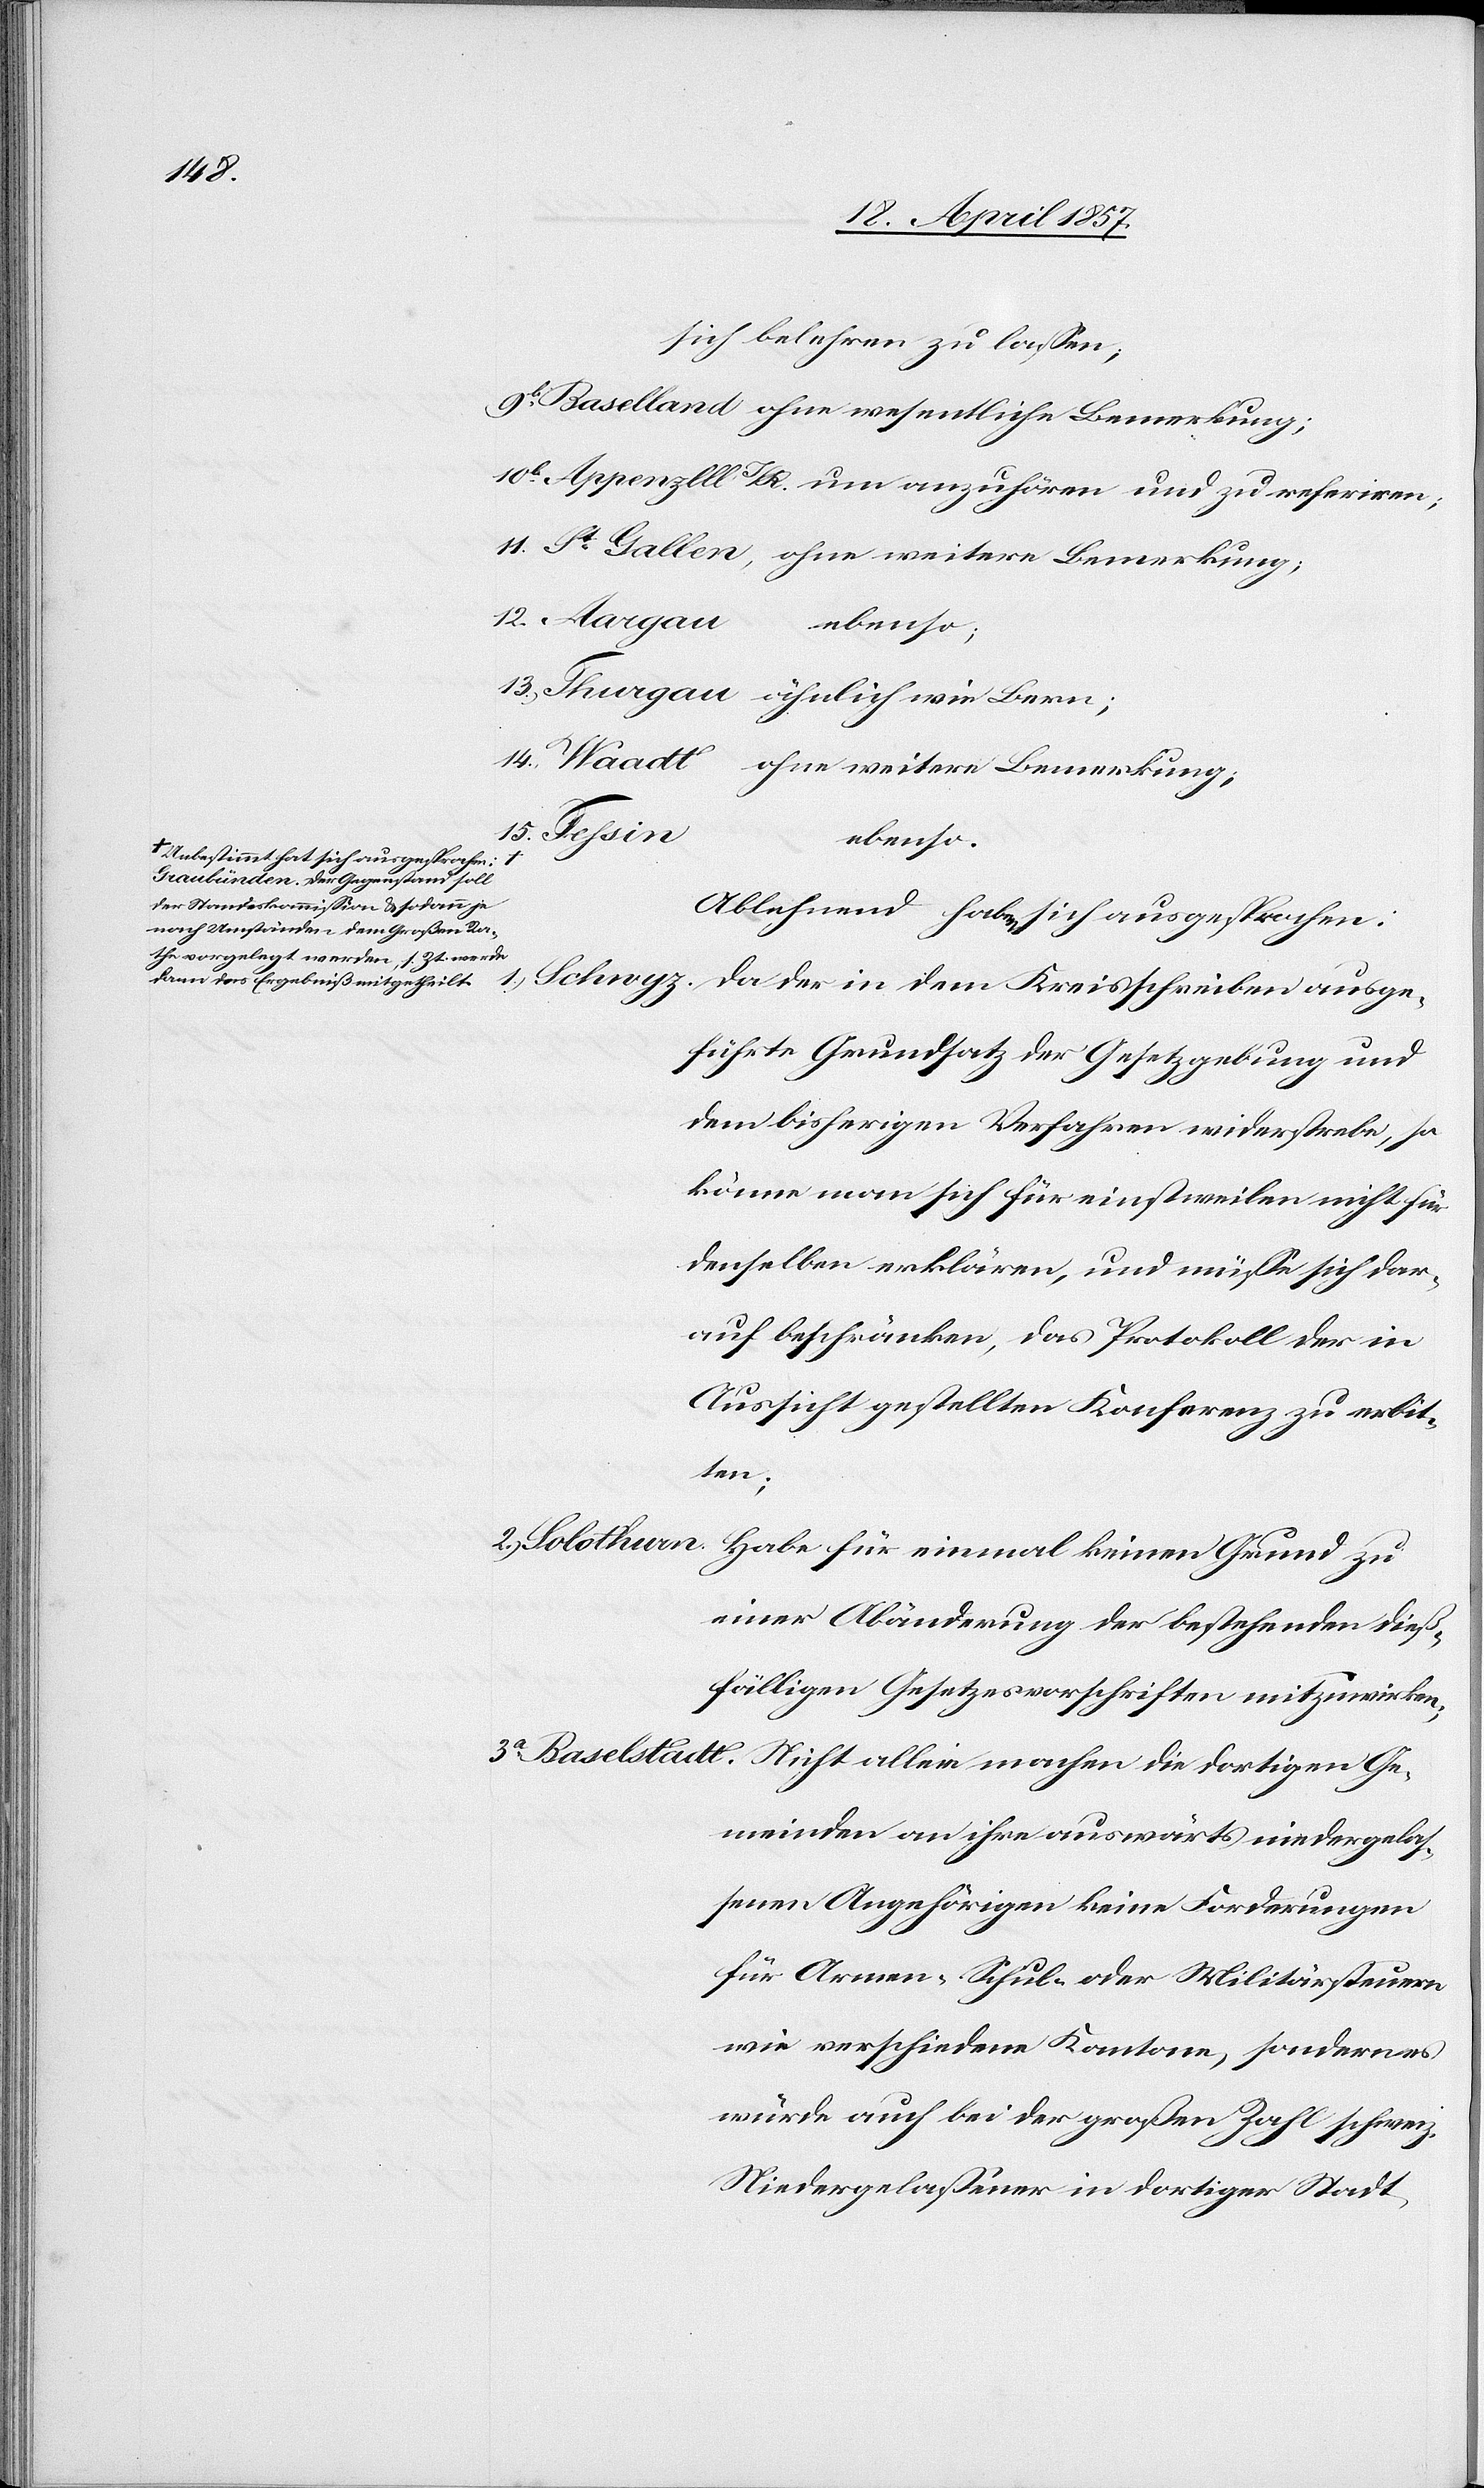
a-Unbestimmt hat sich ausgesprochen:
Graubünden. Der Gegenstand soll
der Standeskommission & sodann je
nach Umständen dem Großen Ra¬
the vorgelegt werden, s. Zt. werde
dann das Ergebniß mitgetheilt.-a

sich belehren zu lassen;
9b. Baselland ohne wesentliche Bemerkung;
Appenzell] I/R. um anzuhören und zu referiren;
11. St Gallen, ohne weitere Bemerkung;
12. Aargau ebenso;
13. Thurgau ähnlich wie Bern;
14. Waadt ohne weitere Bemerkung;
15. Tessin
ebenso.
Ablehnend haben sich ausgesprochen:
Schwyz. Da der in dem Kreisschreiben ausge¬
führte Grundsatz der Gesetzgebung und
dem bisherigen Verfahren widerstrebe, so
könne man sich für einstweilen nicht für
denselben erklären, und müsse sich dar¬
auf beschränken, das Protokoll der in
Aussicht gestellten Konferenz zu erbit¬
ten;
2. Solothurn.
Habe für einmal keinen Grund zu
einer Abänderung der bestehenden dieß¬
fälligen Gesetzesvorschriften mitzuwirken;
3a. Baselstadt. Nicht allein machen die dortigen Ge¬
meinden an ihre auswärts niedergelas¬
senen Angehörigen keine Forderungen
für Armen-[,] Schul- oder Militärsteuern
wie verschiedene Kantone, sondern es
würde auch bei der großen Zahl schweiz.
Niedergelassener in dortiger Stadt